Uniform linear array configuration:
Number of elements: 12
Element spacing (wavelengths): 0.25
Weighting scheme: uniform
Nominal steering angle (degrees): -60
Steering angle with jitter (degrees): -59.676
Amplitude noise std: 0.05
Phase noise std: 0.05

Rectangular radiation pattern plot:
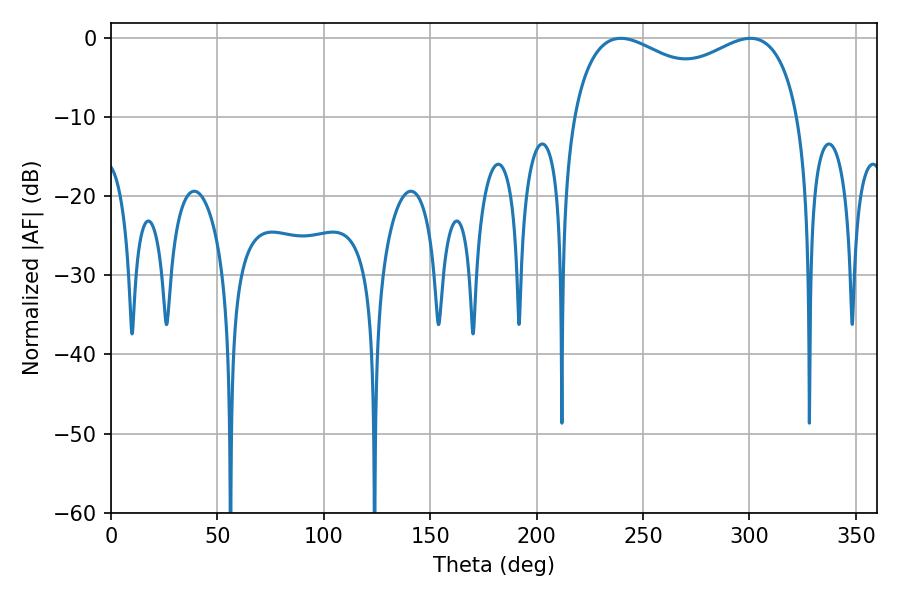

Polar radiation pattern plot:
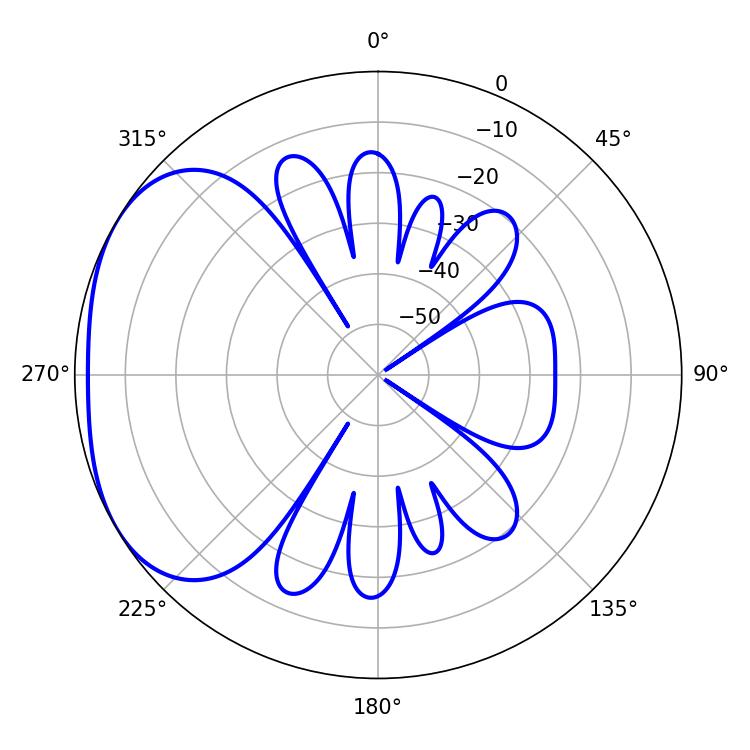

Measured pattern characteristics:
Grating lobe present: FALSE
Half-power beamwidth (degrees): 88.56
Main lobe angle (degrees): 239.58